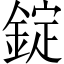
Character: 錠